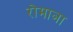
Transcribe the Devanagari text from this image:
रोमाञा